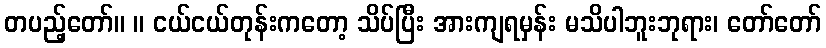
တပည့်တော်။ ။ ငယ်ငယ်တုန်းကတော့ သိပ်ပြီး အားကျရမှန်း မသိပါဘူးဘုရား၊ တော်တော်